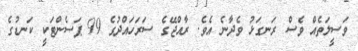
ވަސީލަތެއް ވެސް ރަނގަޅު ވެދާނެ އެވެ. ރާއްޖޭގެ ސަރަހައްދުގެ 99 ޕަސެންޓަކީ ކަނޑުގެ